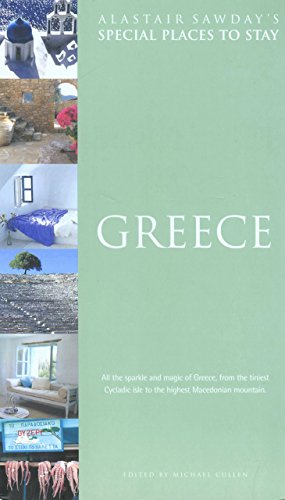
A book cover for Special Places to Stay Greece; Mike Cullen; Travel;